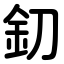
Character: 釖